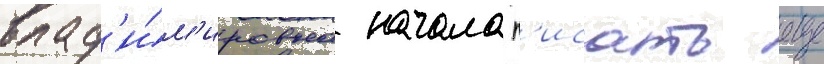
влад'и́м'ировна начала п'исать еще